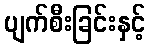
ပျက်စီးခြင်းနှင့်